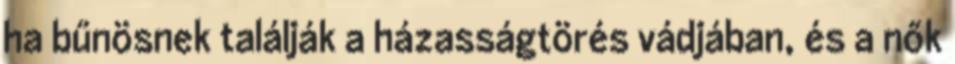
ha bűnösnek találják a házasságtörés vádjában, és a nők